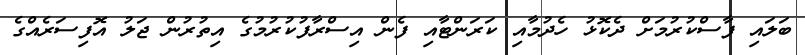
ބަލައި ފާސްކުރުމަށް ދެކޮޅު ހެދުމާއި ކަރަންޓާއި ފެން އިސްރާފުކުރުމުގެ އިތުރުން ޖަލު އޮފިސަރެއްގެ